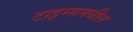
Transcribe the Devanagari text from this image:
टाइम्समधील